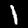
Digit: 1